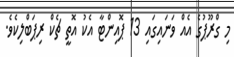
މި ގްރޫޕުގެ އެއް ވަނައިގައި 13 ޕޮއިންޓާ އެކު އޮތީ ޗެކް ރިޕަބްލިކެވެ.